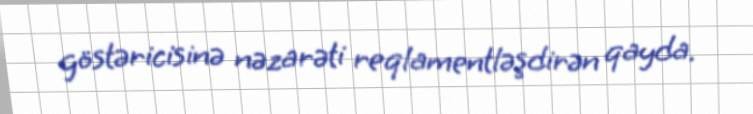
göstəricisinə nəzarəti reqlamentləşdirən qayda.